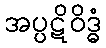
အပ္ပဋိဝိဒ္ဓံ